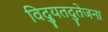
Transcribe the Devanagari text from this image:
विद्युतदुतेजना